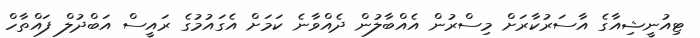
ޓިއުނީޝިއާގެ އާސަރުކާރަށް މިސްރުން އެއްބާލުން ދެއްވާނެ ކަމަށް އެގައުމުގެ ރައީސް އަބްދުލް ފައްތާހް